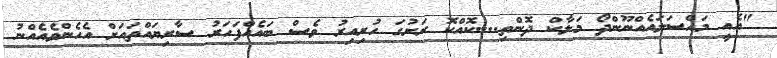
"އެއީ މައްސަލައެއްނޫންދޯ މަލާކް ދޮންތި....ކޮއްކޮ ރަށުގަ ހުރިއިރު ވެސް ބައެއްފަހަރު ސާރިޔައްތައަށް އެހެންވެއެއްނު